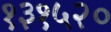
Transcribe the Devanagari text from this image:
१३१५२०